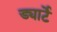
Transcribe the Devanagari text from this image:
ड्यार्टे